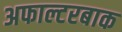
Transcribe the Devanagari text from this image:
अफाल्टरबाक